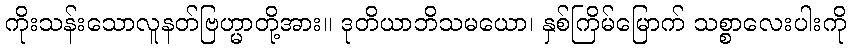
ကိုးသန်းသောလူနတ်ဗြဟ္မာတို့အား။ ဒုတိယာဘိသမယော၊ နှစ်ကြိမ်မြောက် သစ္စာလေးပါးကို